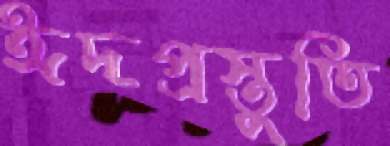
ঈদপ্রস্তুতি